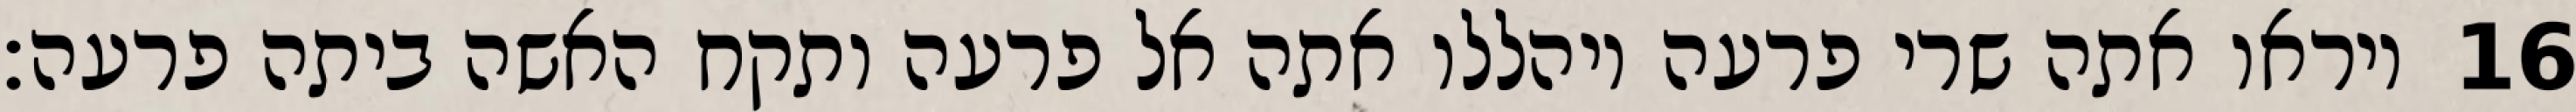
ויראו אתה שרי פרעה ויהללו אתה אל פרעה ותקח האשה ביתה פרעה׃ ‎16‏